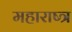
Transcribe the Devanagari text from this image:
महाराष्त्र